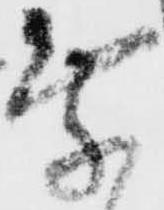
乗